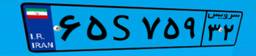
۰۶S۸۸۴۶۲